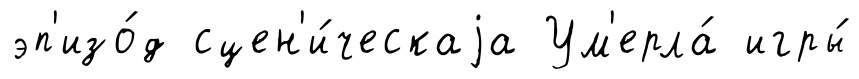
эп'изо́д сцен'и́ческаjа Ум'ерла́ игры́